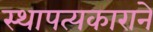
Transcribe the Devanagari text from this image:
स्थापत्यकाराने